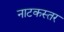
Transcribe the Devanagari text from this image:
नाटकस्तर